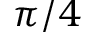
\pi / 4